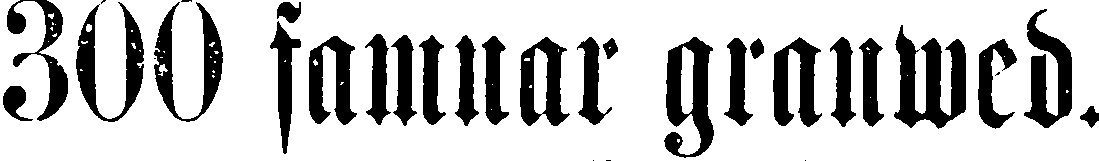
300 famnar granwed.